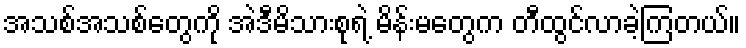
အသစ်အသစ်တွေကို အဲဒီမိသားစုရဲ့ မိန်းမတွေက တီထွင်လာခဲ့ကြတယ်။